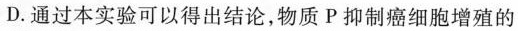
D.通过本实验可以得出结论，物质P抑制癌细胞增殖的